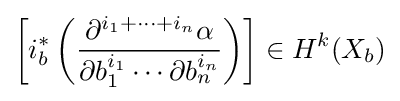
\left[i_{b}^{\ast }\left({\frac {\partial ^{i_{1}+\cdots +i_{n}}\alpha }{\partial b_{1}^{i_{1}}\cdots \partial b_{n}^{i_{n}}}}\right)\right]\in H^{k}(X_{b})